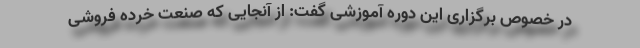
در خصوص برگزاری این دوره آموزشی گفت: از آنجایی که صنعت خرده فروشی